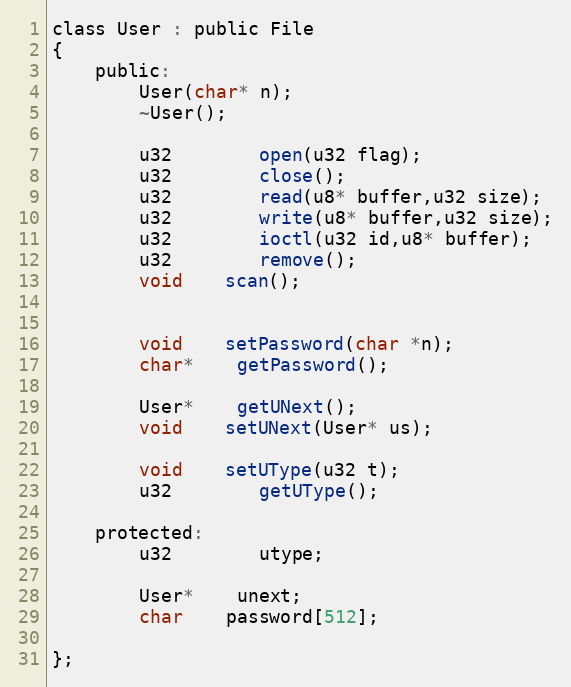
Language: C
class User : public File
{
	public:
		User(char* n);
		~User();

		u32		open(u32 flag);
		u32		close();
		u32		read(u8* buffer,u32 size);
		u32		write(u8* buffer,u32 size);
		u32		ioctl(u32 id,u8* buffer);
		u32		remove();
		void	scan();

		void	setPassword(char *n);
		char*	getPassword();

		User*	getUNext();
		void	setUNext(User* us);

		void	setUType(u32 t);
		u32		getUType();

	protected:
		u32		utype;

		User*	unext;
		char	password[512];

};